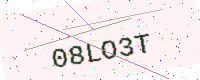
Text: 08LO3T